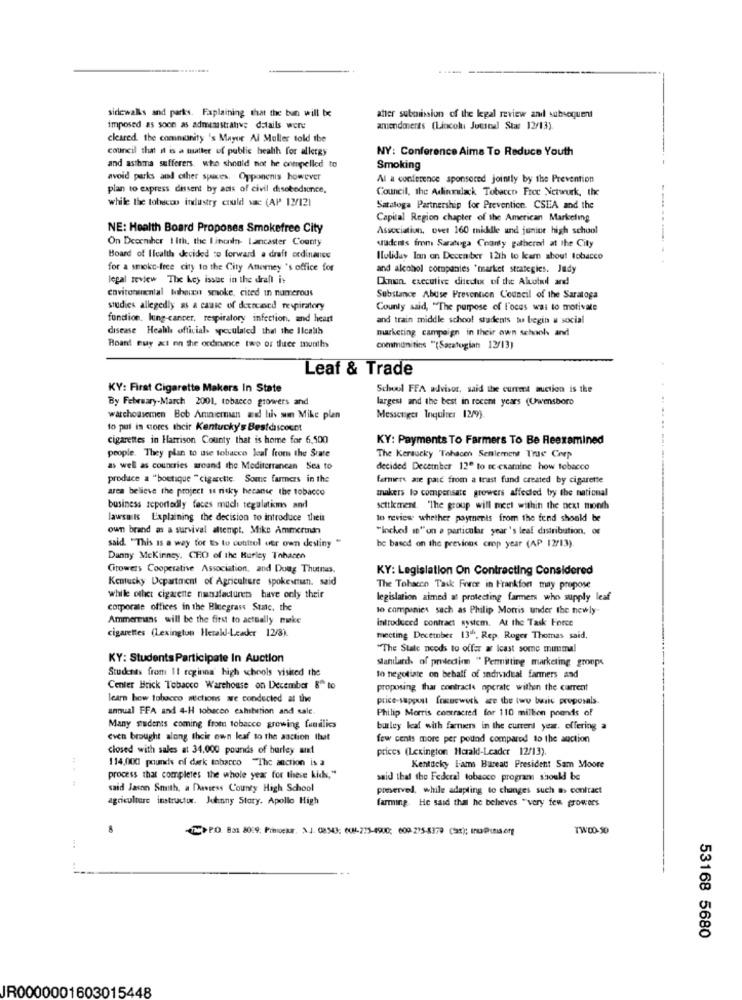
sidewalks and parks. Faplaining that the bun will be
atter submission of the legal review and subsequent
imposed as soon as administrative details were
amendments (Lincol Juustal Stas 12/13).
cleared. the community 's Mayor Al Muller told the
council that it is a matter of public health for allergy
NY: Conference Aims To Reduce Youth
and asthma sufferers. who should not he onenpelled to
Smoking
avoid parks and other spices. Opponents however
Al a conference sponsored jointly by the Prevention
plan to express dissent by acts of civil disobedience,
Council, the Adindack Tobacco Froc Netwurk, the
while the tobecoo industry could sac (AP 13/121
Saratoga Partnership for Prevention. CSEA and the
Capital Region chapter of the American Marketing
NE: Health Board Proposes Smokefree City
Association, over 160 middle and junior high school
On December 1 Ith, the Finaln- Lancaster County
students from Saratoga County gathered at the City
Board of Ilealth decided to forward a draft ordinance
Holiday Inn on December 121h to kam about tobacco
for a smoke-free city to the City Anomey 's office for
and alcohol companies "market strategies. Judy
legal review The key issue in the draft is
Chman, executive diedue of the Alcohol and
environincial tohoin smoke, cited in numerous
Substance Abuse Prevention Council of the Saratoga
studies allegedly as a cause of deeteased respiratory
County said, "The purpose of l'oces was to motivate
funcion, kung-cancer, respiratory infection, and heart
and train middle school students tu begin & social
disease Health officials speculated that the Ilcalth
marketing campaign in their own schools and
Boand Buy at on the ordinance two or tluce months
communities "(Sacatogian 12/13)
Leaf & Trade
KY: First Cigarette Makers In State
School FFA advisor, said the curemt auction is the
By February-March 2001, tobacco growers and
largest and the best in recent years (Owensboro
warchousemen Bob Ammerman and his sun Mike plan
Messenger Inquite: 12/9).
to put in cores their Kentucky's Bestdiscount
cigarettes in Harrison County that is home for 6,500
KY: Payments To Farmers To Be Reexamined
people. They plan to use tobacco Jeal from the State
The Kersucky Tohacer Sentlement True Corp
as well as countries around the Mediterranean Sea to
decided December 12º to se examine how tobacco
produce a "boutique "cigarette. Some farmers in the
farmers ate pate from a trust fund created by cigarette
area believe the project is risky hecanse the tobacco
makers to compensate growers affected by the national
business reportedly faces much regulations and
settlement. "The group will meet within the next month
lawsuits Explaining the decision to introduce thein
to review whether payments from the fend should be
oun brand as a survival attempt. Mike Ammerman
"locked in" on a particular year's leal distribution, or
said. "This is a way for ts to control utr own destiny
be based on the previous cmp year (AP 12/13).
Danny Mckinney, CEO of the Burley Tohacen
Citowers Cooperative Association, and Doug Thutras.
KY: Legislation On Contracting Considered
Kentucky Department of Agriculture spokestun. said
The Tobacco Task Force in Frankfort may propose
while ofhet cigarette nanafacturets have only their
legislation aimed at protecting farmers who supply leaf
corporate offices in the Bluegrass Stac, the
to companies such as Philip Morris under the newly-
Ammermans will be the first to actually make
introduced contract system. At the Task Force
cigarettes (Lexington Hetall-Leader 12/8).
meeting Decetuber 13", Rep. Roger Thomas said,
"The State needs to offer a Icast some minimal
KY: Students Participate In Auction
standards of prledin " Permitting marketing groups
Students from 11 reginna high schools visited the
to negotiate on behalf of individual farmers and
Center Brick Tobacco Warehouse on December 8" to
proposing that contracts operate withen the current
learn how tobacco mictions are conducted at the
price-suppest Inguewerk æe the two basic proposals
annual FFA and 4-H tobacco camibution and sale.
Philip Morris contracted for 110 million pounds of
Many students coming from tobacco growing families
burley leaf with farmers in the current year. offering a
cych brought along their own leaf to the aaction that
few cents more per pound compared to the auction
closed with sales at 34.000 pounds of burley and
prices (Lexington Harald-Leader 12/13)
114,000 pounds of dark tobarco "The auction is a
Kentucky liams Bureau President Sam Moore
process that completes the whole year for these kids,"
said that the Federal tobacco program should be
said Jason Smith, a Daviess County High School
preserved, while adapting to changes such as contract
agriculture instructor. Julinny Story. Apollo High
farming. He said that he believes "very few growers
>PO. Bas 8099: Pomiceae. 3.J. 08543: 608-275-4900; 609-275-8379 (Sat); Inu@unis.org
TW:00-50
53168 5680
JR0000001603015448